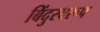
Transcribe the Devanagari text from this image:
बिंदुस्वरूप